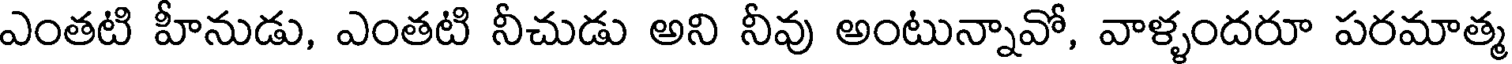
ఎంతటి హీనుడు, ఎంతటి నీచుడు అని నీవు అంటున్నావో, వాళ్ళందరూ పరమాత్మ